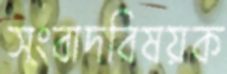
সংবাদবিষয়ক